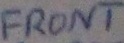
Text: FRONT